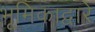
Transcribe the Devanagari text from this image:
भूमिकाद्वारे